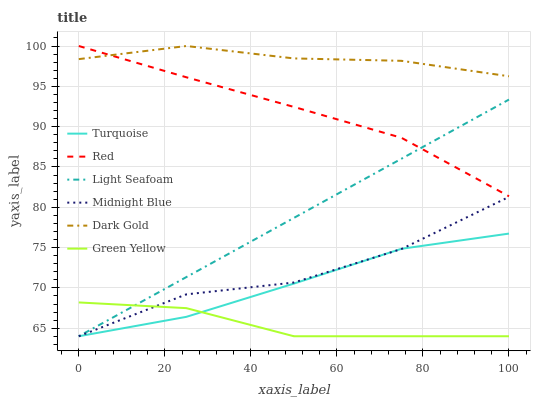
| xaxis_label | Turquoise | Red | Light Seafoam | Midnight Blue | Dark Gold | Green Yellow |
 | --- | --- | --- | --- | --- | --- | --- |
 | 0 | 64 | 100 | 64 | 64 | 98.4 | 68.2 |
 | 25 | 66.4 | 96.1 | 71.3 | 69.2 | 100 | 67.5 |
 | 50 | 70.5 | 92.4 | 78.7 | 70.7 | 98.5 | 64 |
 | 75 | 74.8 | 88.6 | 86 | 74.8 | 98.2 | 64 |
 | 100 | 76.7 | 81.4 | 93.4 | 81.3 | 96.2 | 64 |